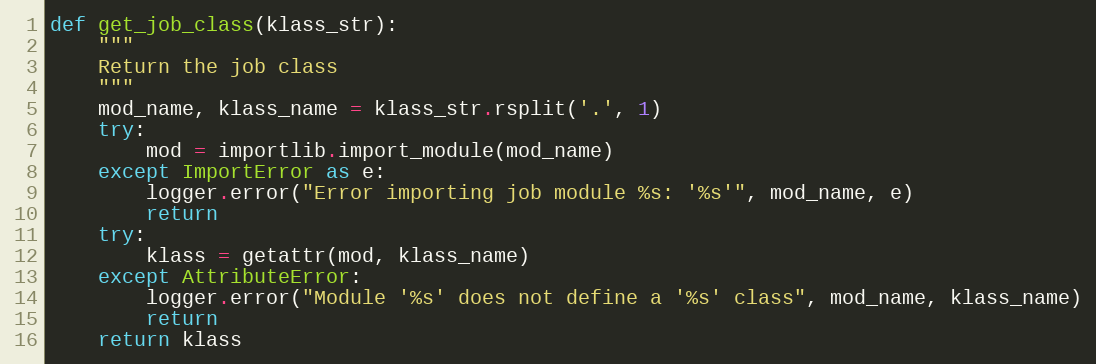
Language: Python
def get_job_class(klass_str):
    """
    Return the job class
    """
    mod_name, klass_name = klass_str.rsplit('.', 1)
    try:
        mod = importlib.import_module(mod_name)
    except ImportError as e:
        logger.error("Error importing job module %s: '%s'", mod_name, e)
        return
    try:
        klass = getattr(mod, klass_name)
    except AttributeError:
        logger.error("Module '%s' does not define a '%s' class", mod_name, klass_name)
        return
    return klass